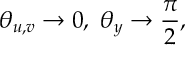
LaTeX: \theta _ { u , v } \rightarrow 0 , \ \theta _ { y } \rightarrow { \frac { \pi } { 2 } } ,